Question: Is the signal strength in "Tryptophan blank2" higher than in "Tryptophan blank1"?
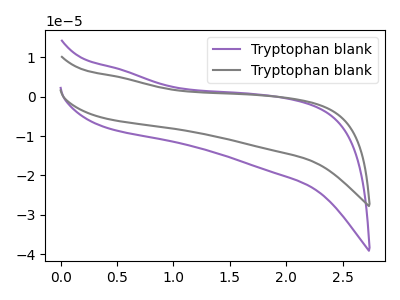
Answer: <think>The purple curve "Tryptophan blank1" has no peaks. The gray curve "Tryptophan blank2" has no peaks.
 Neither "Tryptophan blank2" or "Tryptophan blank1" have any peaks.</think>
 <answer>I cant tell if "Tryptophan blank2" or "Tryptophan blank1" has more signal.</answer>
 <eval>mixed_signal</eval>